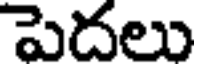
పెదలు